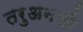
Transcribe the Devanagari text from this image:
तरुअनसी